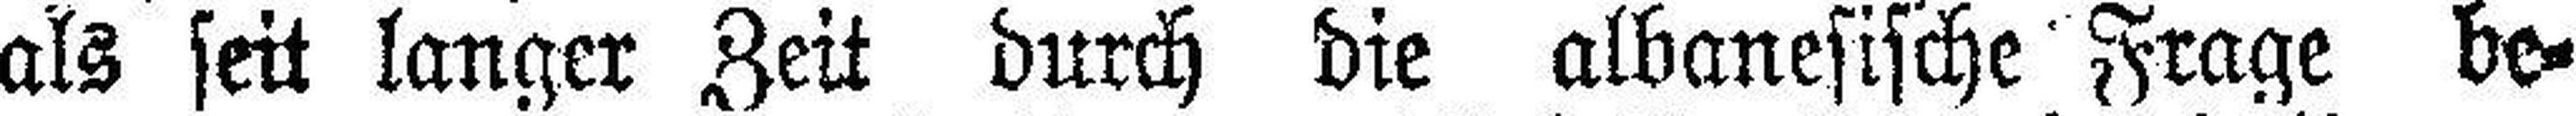
als seit langer Zeit durch die albanesische Frage be¬